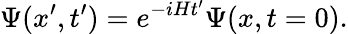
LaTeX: \Psi(x^{\prime},t^{\prime})=e^{-iHt^{\prime}}\Psi(x,t=0).